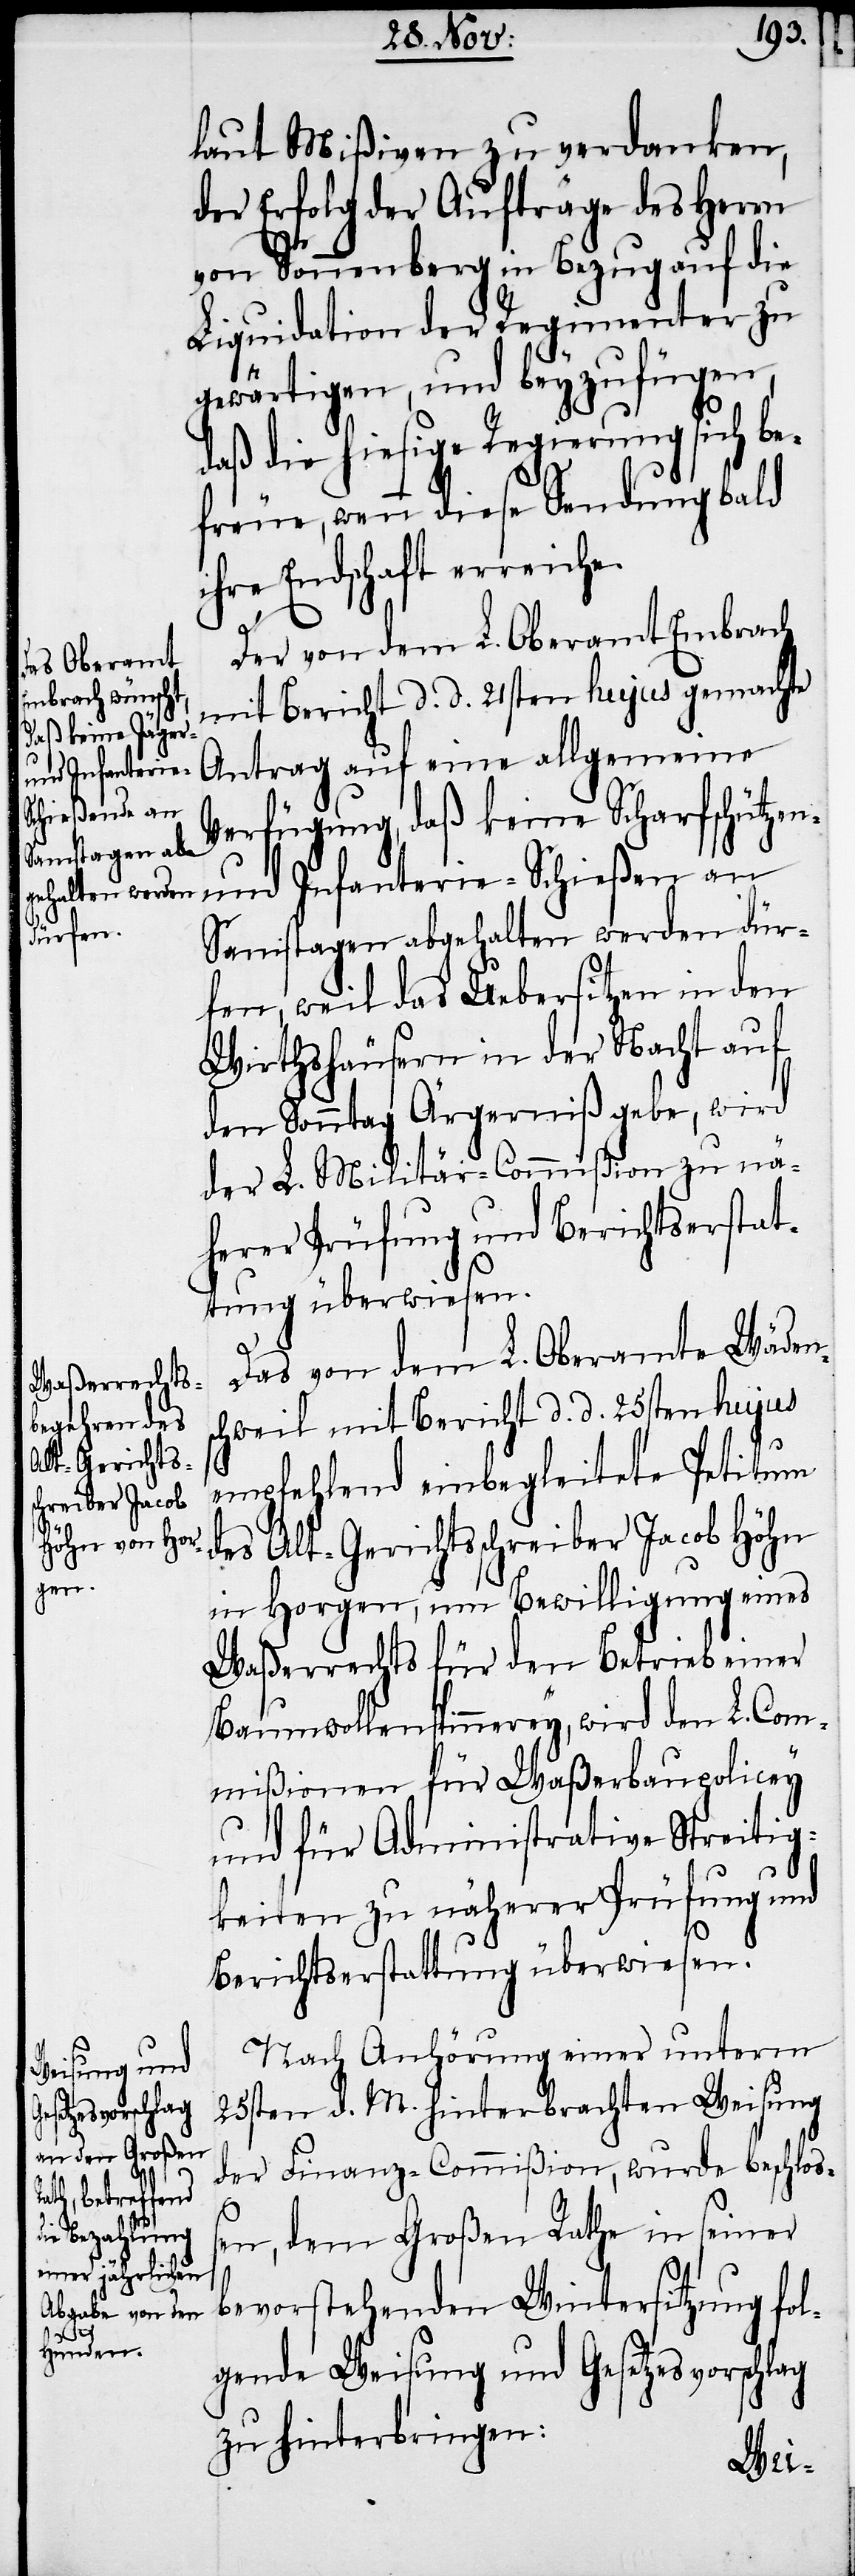
laut Mißiven, zu verdanken,
der Erfolg der Aufträge des Herrn
von Sonnenberg in Bezug auf die
Liquidation der Regimenter zu
gewärtigen, und beyzufügen,
daß die hiesige Regierung sich be¬
freue, wenn diese Sendung bald
ihre Endschaft erreich¬
e.
Der von dem L. Oberamt Embrach
mit Bericht d. d. 21sten hujus gemachte
Antrag auf eine allgemeine
Verfügung, daß keine Scharfschützen-
und Infanterie-Schießen an
Samstagen abgehalten werden dür¬
fen, weil das Uebersitzen in den
Wirthshäusern in der Nacht auf
den Sonntag Ärgerniß gebe, wird
der L. Militär-Commißion zu nä¬
herer Prüfung und Berichtserstat¬
tung überwiesen.
Das von dem L. Oberamte Wäden¬
schweil mit Bericht d. d. 25sten hujus
empfehlend einbegleitete Petitum
des Alt-Gerichtsschreiber Jacob Höhn
in Horgen, um Bewilligung eines
Waßerrechts für den Betrieb einer
Baumwollenspinnerey, wird den L. Com¬
mißionen für Waßerbaupolicey
und für Administrative Streitig¬
keiten zu näherer Prüfung und
Berichtserstattung überwiesen.
Nach Anhörung einer unterm
25sten d. M. hinterbrachten Weisung
der Finanz-Commißion, wurde beschloß¬
en, dem Großen Rathe in seiner
bevorstehenden Wintersitzung fol¬
gende Weisung und Gesetzesvorschlag
zu hinterbringen: